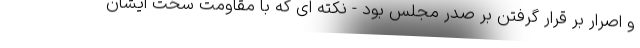
و اصرار بر قرار گرفتن بر صدر مجلس بود - نکته ای که با مقاومت سخت ایشان